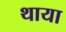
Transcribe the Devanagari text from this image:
थाया